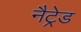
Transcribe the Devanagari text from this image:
नैट्रेड